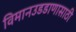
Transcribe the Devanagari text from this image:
विमानउडडाणासाठी